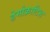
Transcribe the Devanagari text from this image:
डेमोक्राटिश